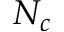
N _ { c }